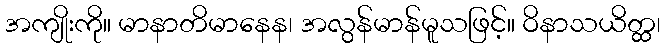
အကျိုးကို။ မာနာတိမာနေန၊ အလွန်မာန်မူသဖြင့်။ ဝိနာသယိတ္ထ၊